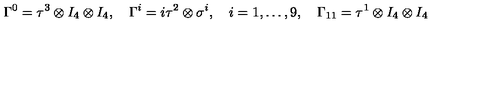
\Gamma ^ { 0 } = \tau ^ { 3 } \otimes I _ { 4 } \otimes I _ { 4 } , \quad \Gamma ^ { i } = i \tau ^ { 2 } \otimes \sigma ^ { i } , \quad i = 1 , \dots , 9 , \quad \Gamma _ { 1 1 } = \tau ^ { 1 } \otimes I _ { 4 } \otimes I _ { 4 }